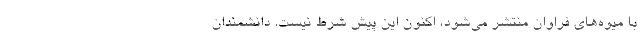
با میوه‌های فراوان منتشر می‌شود، اکنون این پیش شرط نیست. دانشمندان